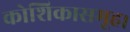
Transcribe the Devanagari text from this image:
कोशिकासमूह।